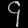
Digit: ၄